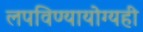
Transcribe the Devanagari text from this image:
लपविण्यायोग्यही